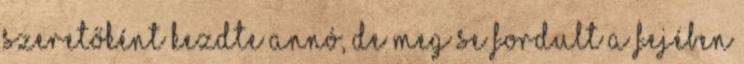
szeretőként kezdte annó, de meg se fordult a fejében